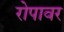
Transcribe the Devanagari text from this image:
रोपावर